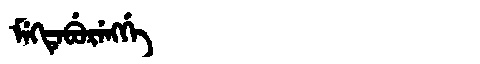
Manchu: ᠮᡝᡴᡨᡝᠪᡠᡵᡝᠩᡤᡝ
Romanization: MEKTEBURENGGE